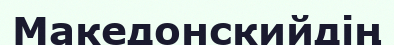
Македонскийдің